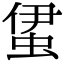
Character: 𧊰